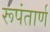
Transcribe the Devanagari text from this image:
रूपंतार्ण